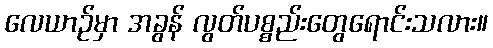
လေယာဉ်မှာ အခွန် လွတ်ပစ္စည်းတွေရောင်းသလား။